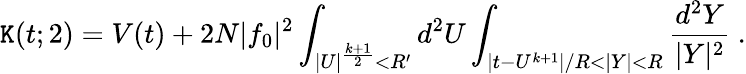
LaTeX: \mathtt{K}(t;2)=V(t)+2N|f_{0}|^{2}\int_{|U|^{\frac{{k+1}}{{2}}}<R^{\prime}}d^{2}U\int_{|t-U^{k+1}|/R<|Y|<R}{\frac{{d^{2}Y}}{{|Y|^{2}}}}~.